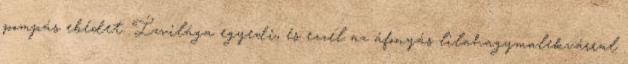
pompás ebédet. Ízvilága egyedi, és ezzel az áfonyás lilahagymalekvárral